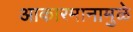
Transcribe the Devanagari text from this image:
आकारमानामुळे